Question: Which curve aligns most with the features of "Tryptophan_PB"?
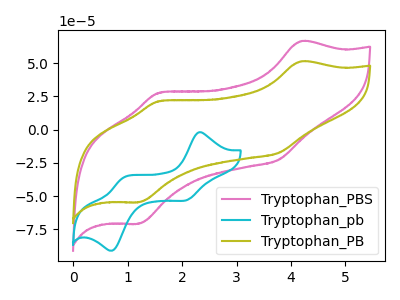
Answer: <think>The pink curve "Tryptophan_PBS" has anodic peaks at (4.20V, 66.55uA) (1.60V, 27.80uA) and cathodic peaks at (3.75V, -22.65uA) (1.20V, -70.80uA). The cyan curve "Tryptophan_pb" has anodic peaks at (2.30V, -2.10uA) (0.90V, -36.25uA) and cathodic peaks at (2.10V, -53.00uA) (0.75V, -90.90uA). The olive curve "Tryptophan_PB" has anodic peaks at (4.20V, 51.35uA) (1.60V, 21.45uA) and cathodic peaks at (3.75V, -17.50uA) (1.20V, -54.65uA).
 "Tryptophan_PBS" and "Tryptophan_pb" have at least one peak that do not match. All the peaks in "Tryptophan_PBS" have a peak in "Tryptophan_PB" at the same potential. Every peak in "Tryptophan_PBS" is higher than every peak in "Tryptophan_PB". "Tryptophan_pb" and "Tryptophan_PB" have at least one peak that do not match.</think>
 <answer>The CV with the most similar shape to "Tryptophan_PBS" is "Tryptophan_PB".</answer>
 <eval>"Tryptophan_PB"</eval>